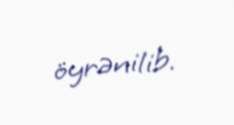
öyrənilib.